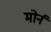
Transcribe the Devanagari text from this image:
मोर्न